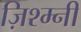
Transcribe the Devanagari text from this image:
ज़िश्म्नी